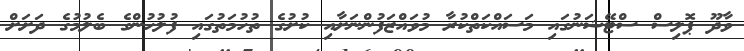
ވާދޫ ޕޮލިސް ސްޓޭޝަނުގައި މަސައްކަތްކުރާ މުވައްޒަފުންނަށާއި ކުށުގެ ތުހުމަތުގައި ފުލުހުުންގެ ބެލުމުގެ ދަށަށް